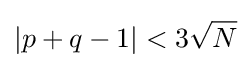
\left\vert p+q-1\right\vert <3{\sqrt {N}}